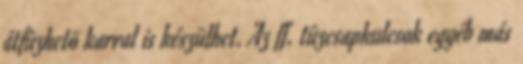
átfûzhetõ karral is készülhet. Az ff. tûzcsapkulcsok egyéb más